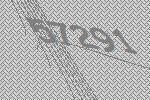
57291